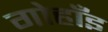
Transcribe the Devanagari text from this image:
गोहाँइ